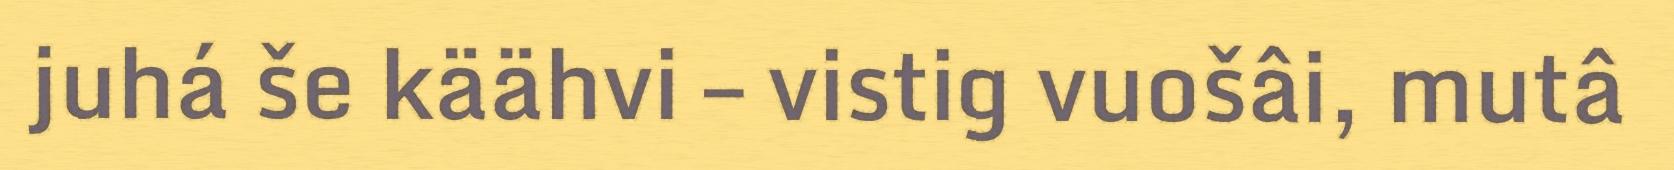
juhá še käähvi – vistig vuošâi, mutâ